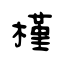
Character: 槿